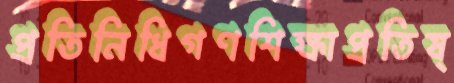
প্রতিনিধিগণশিক্ষাপ্রতিষ্